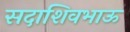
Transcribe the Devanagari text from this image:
सदाशिवभाऊ